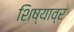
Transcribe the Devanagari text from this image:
शिष्याव्र